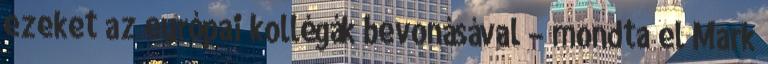
ezeket az európai kollégák bevonásával – mondta el Mark